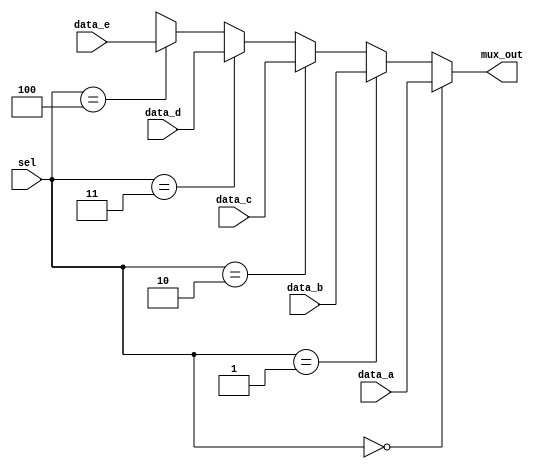
module Multiplexer_5ch_10bit (mux_out, data_a, data_b, data_c, data_d, data_e, sel);
  parameter word_size = 10;
  parameter address_size = 8;
  output [word_size-1: 0] 	mux_out;
  input 	[word_size-1: 0] 	data_a, data_b, data_c, data_d,data_e;
  input 	[2: 0] sel;
 
  assign  mux_out = 	(sel == 0) ? data_a: 
			        	(sel == 1) ? data_b : 
			       	(sel == 2) ? data_c: 
				(sel == 3) ? data_d : 
				(sel == 4) ? data_e :'bx;
endmodule